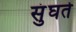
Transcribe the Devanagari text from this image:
सुंघते